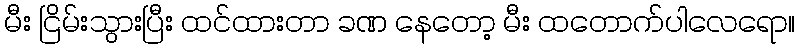
မီး ငြိမ်းသွားပြီး ထင်ထားတာ ခဏ နေတော့ မီး ထတောက်ပါလေရော။